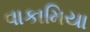
વાકામિયા